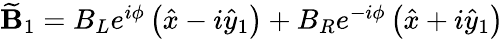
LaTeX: \begin{array}{r}{\widetilde{\textbf{B}}_{1}=B_{L}e^{i\phi}\left(\hat{x}-i\hat{y}_{1}\right)+B_{R}e^{-i\phi}\left(\hat{x}+i\hat{y}_{1}\right)}\end{array}